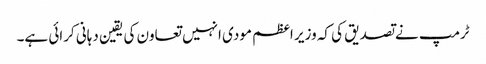
ٹرمپ نے تصدیق کی کہ وزیر اعظم مودی انہیں تعاون کی یقین دہانی کرائی ہے۔